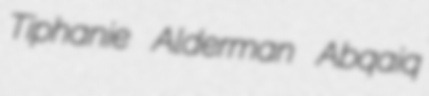
Tiphanie Alderman Abqaiq